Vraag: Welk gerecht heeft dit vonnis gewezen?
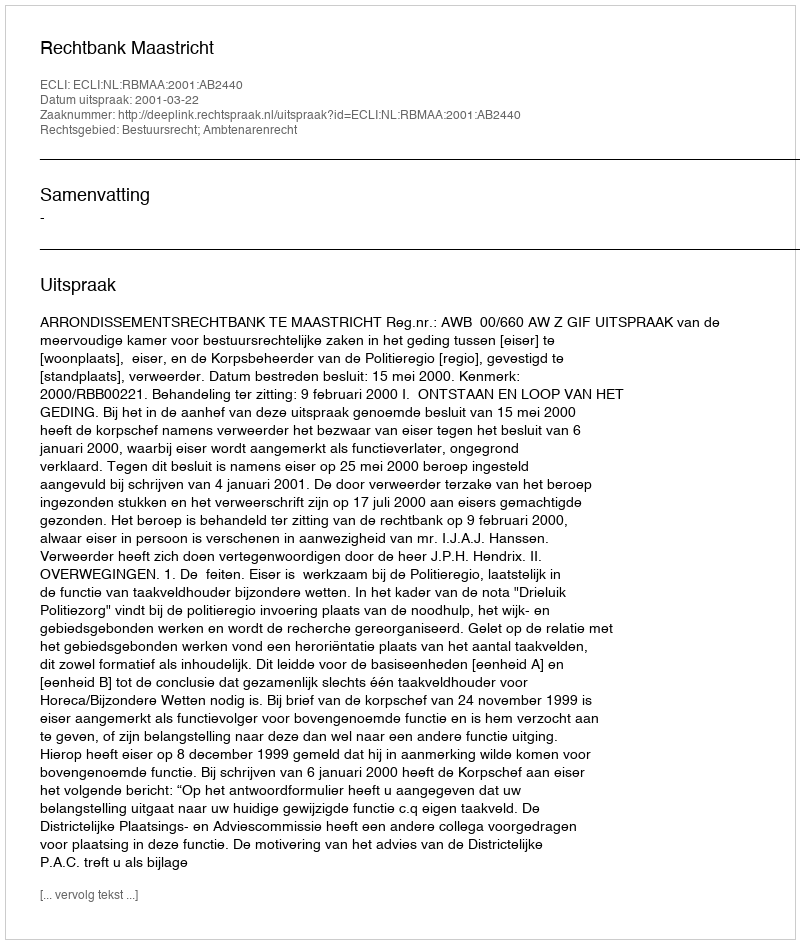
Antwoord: Rechtbank Maastricht